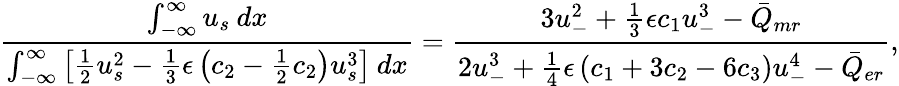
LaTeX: \frac{\int_{-\infty}^{\infty}u_{s}\: dx}{\int_{-\infty}^{\infty}\left[\frac{1}{2}u_{s}^{2}-\frac{1}{3}\epsilon\left(c_{2}-\frac{1}{2}c_{2}\right)u_{s}^{3}\right]\: dx}=\frac{3u_{-}^{2}+\frac{1}{3}\epsilon c_{1}u_{-}^{3}-\bar{Q}_{mr}}{2u_{-}^{3}+\frac{1}{4}\epsilon\left(c_{1}+3c_{2}-6c_{3}\right)u_{-}^{4}-\bar{Q}_{er}},